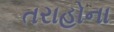
તરાહોના